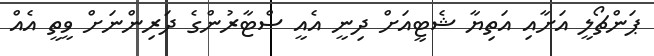
ޕަންޗޯލީ އަށާއި އަތިޔާ ޝެޓީއަށް ދިނީ އެއީ ސްޓާރުންގެ ދަރިންނަށް ވީތީ އެއް